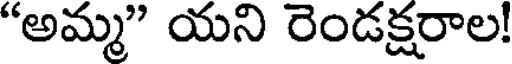
"అమ్మ" యని రెండక్షరాల!